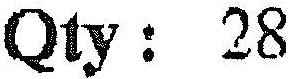
QTY: 28